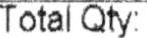
TOTAL QTY: